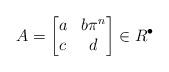
LaTeX: \begin{align*} A=\begin{bmatrix} a & b\pi^n \\ c & d \end{bmatrix} \in R^\bullet \end{align*}